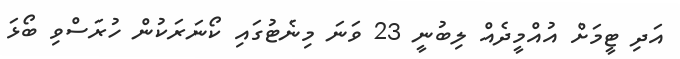
އަދި ޓީމަށް އުއްމީދެއް ލިބުނީ 23 ވަނަ މިނެޓުގައި ކޯނަރަކުން ހުރަސްވި ބޯޅަ